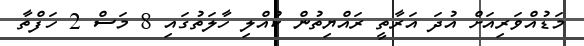
މަޑުއްވަރިއަށް އުދަ އަރާތީ ރައްޔިތުން ކުއްލި ހާލަތުގައި 8 މަސް 2 ހަފްތާ